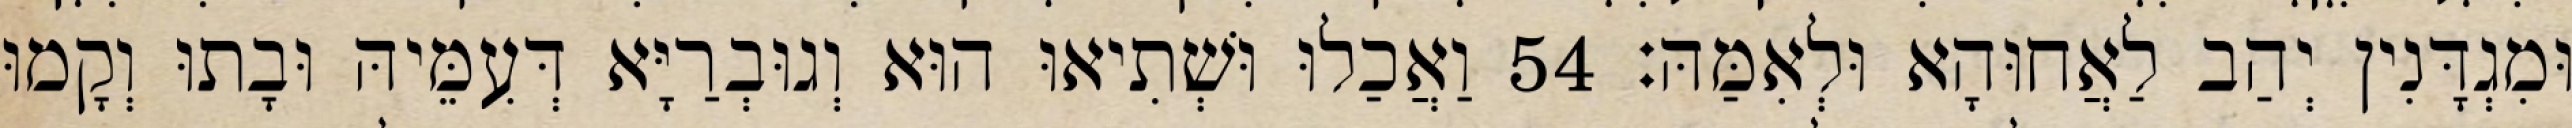
וּמִגְדָּנִין יְהַב לַאֲחוּהָא וּלְאִמַּהּ׃ 54 וַאֲכַלוּ וּשְׁתִיאוּ הוּא וְגוּבְרַיָּא דְּעִמֵּיהּ וּבָתוּ וְקָמוּ